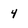
Character: 4